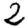
Digit: 2